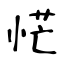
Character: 恾